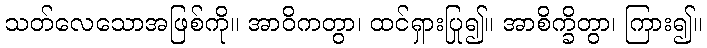
သတ်လေသောအဖြစ်ကို။ အာဝိကတွာ၊ ထင်ရှားပြု၍။ အာစိက္ခိတွာ၊ ကြား၍။